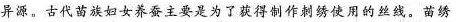
异源。古代妇女养蚕主要是为了获得制作刺绣使用的丝线。苗绣